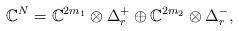
LaTeX: \begin{gather*}\mathbb{C}^N=\mathbb{C}^{2m_1}\otimes \Delta_r^+\oplus\mathbb{C}^{2m_2}\otimes \Delta_r^-,\end{gather*}